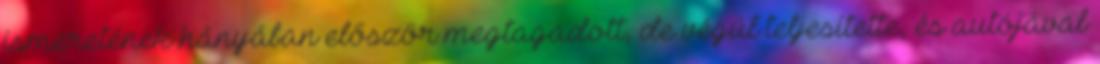
ismeretének hányában először megtagadott, de végül teljesítette, és autójával